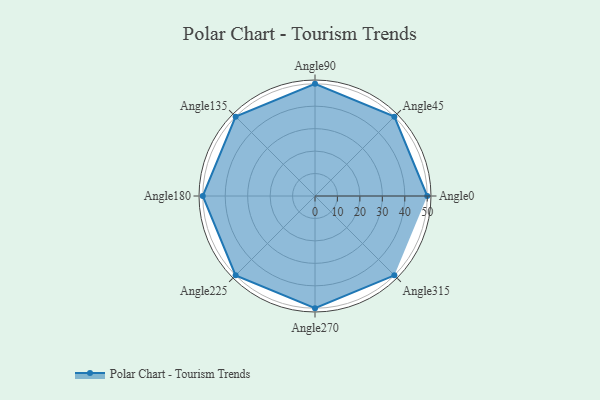
{"axis": {"x": "Angle", "y": "Radius"}, "legend": [""], "data": [{"x": "Angle0", "y": 50, "type": ""}, {"x": "Angle45", "y": 50, "type": ""}, {"x": "Angle90", "y": 50, "type": ""}, {"x": "Angle135", "y": 50, "type": ""}, {"x": "Angle180", "y": 50, "type": ""}, {"x": "Angle225", "y": 50, "type": ""}, {"x": "Angle270", "y": 50, "type": ""}, {"x": "Angle315", "y": 50, "type": ""}]}